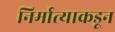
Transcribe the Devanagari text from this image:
निर्मात्याकडून